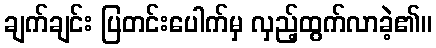
ချက်ချင်း ပြတင်းပေါက်မှ လှည့်ထွက်လာခဲ့၏။